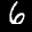
Label: 6